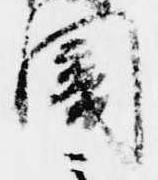
闇